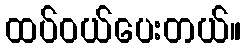
ထပ်ဝယ်ပေးတယ်။